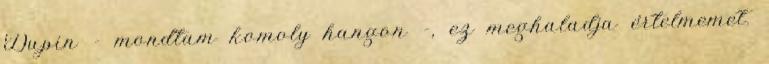
Dupin - mondtam komoly hangon -, ez meghaladja értelmemet.